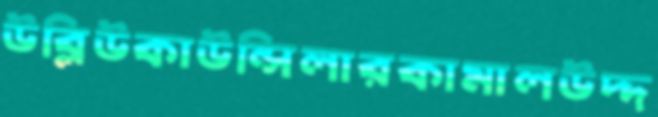
উব্লিউকাউন্সিলারকামালউদ্দ